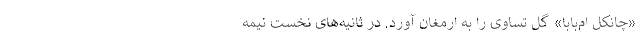
«چانکل ام‌بابا» گل تساوی را به ارمغان آورد. در ثانیه‌های نخست نیمه